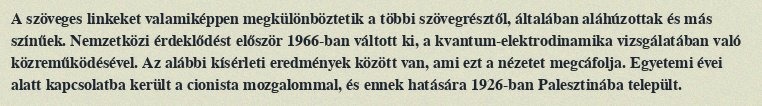
A szöveges linkeket valamiképpen megkülönböztetik a többi szövegrésztől, általában aláhúzottak és más színűek. Nemzetközi érdeklődést először 1966-ban váltott ki, a kvantum-elektrodinamika vizsgálatában való közreműködésével. Az alábbi kísérleti eredmények között van, ami ezt a nézetet megcáfolja. Egyetemi évei alatt kapcsolatba került a cionista mozgalommal, és ennek hatására 1926-ban Palesztinába települt.